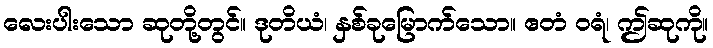
လေးပါးသော ဆုတို့တွင်။ ဒုတိယံ၊ နှစ်ခုမြောက်သော။ ဧတံ ဝရံ၊ ဤဆုကို။